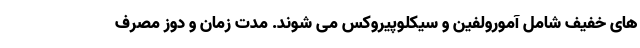
های خفیف شامل آمورولفین و سیکلوپیروکس می شوند. مدت زمان و دوز مصرف